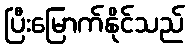
ပြီးမြောက်နိုင်သည်